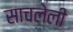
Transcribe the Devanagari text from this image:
साचलेली